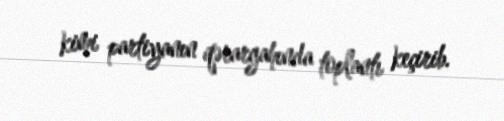
kimi partiyanın qərargahında toplantı keçirib.